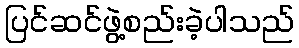
ပြင်ဆင်ဖွဲ့စည်းခဲ့ပါသည်